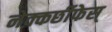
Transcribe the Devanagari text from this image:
नेक्कर्छीफेस्